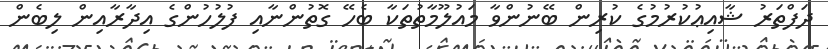
ދަފްތަރު ޝާއިޢުކުރުމުގެ ކުރިން ބޭނުންވާ މައުލޫމާތުތަކާ ބެހޭ ގޮތުންނާއި ފުލުހުންގެ އިދާރާއިން ލިބެން